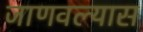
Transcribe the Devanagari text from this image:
जाणवल्यास